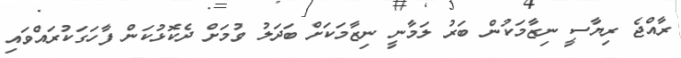
ރާއްޖެ ރިޔާސީ ނިޒާމަކުން ބަރު ލަމާނީ ނިޒާމަކަށް ބަދަލު ވުމަށް ދެކޮޅުކަން ފާހަގަކުރައްވައި